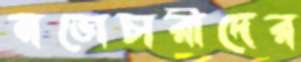
নভোচারীদের